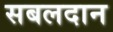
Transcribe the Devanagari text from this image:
सबलदान